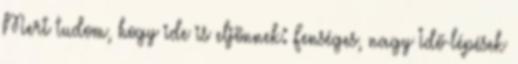
Mert tudom, hogy ide is eljönnek: Fenséges, nagy Idő-lépések